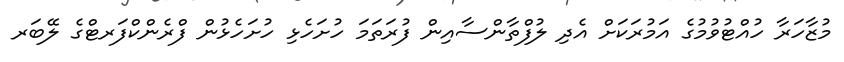
މުޒާހަރާ ހުއްޓުވުމުގެ އަމުރަކަށް އެދި ލުފްތާންސާއިން ފުރަތަމަ ހުށަހެޅި ހުށަހެޅުން ފްރެންކްފަރޓްގެ ލޭބަރ